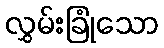
လွှမ်းခြုံသော